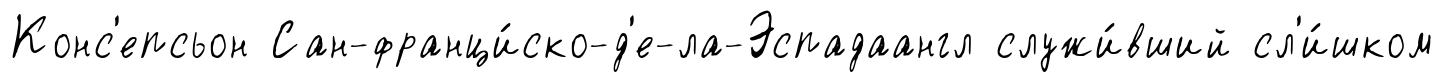
Конс'епсьон Сан-франци́ско-д'е-ла-Эспадаангл служи́вший сл'и́шком